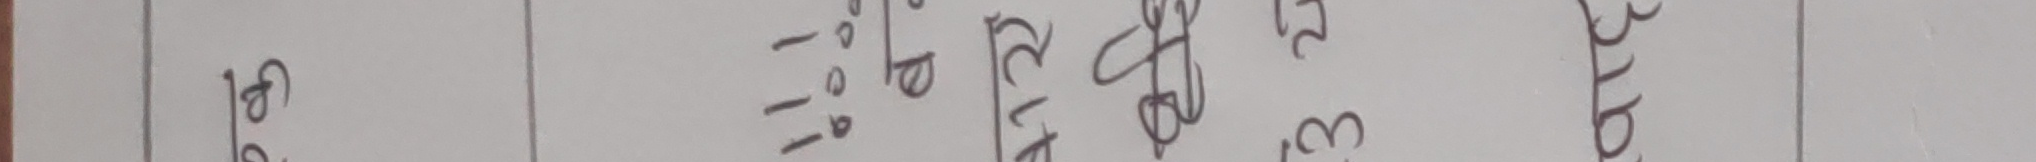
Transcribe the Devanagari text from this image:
ले. १/०/११/३११८